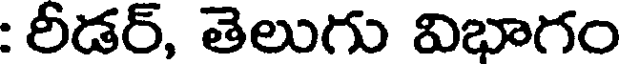
: రీడర్, తెలుగు విభాగం